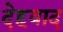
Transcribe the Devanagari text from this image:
देहवाद